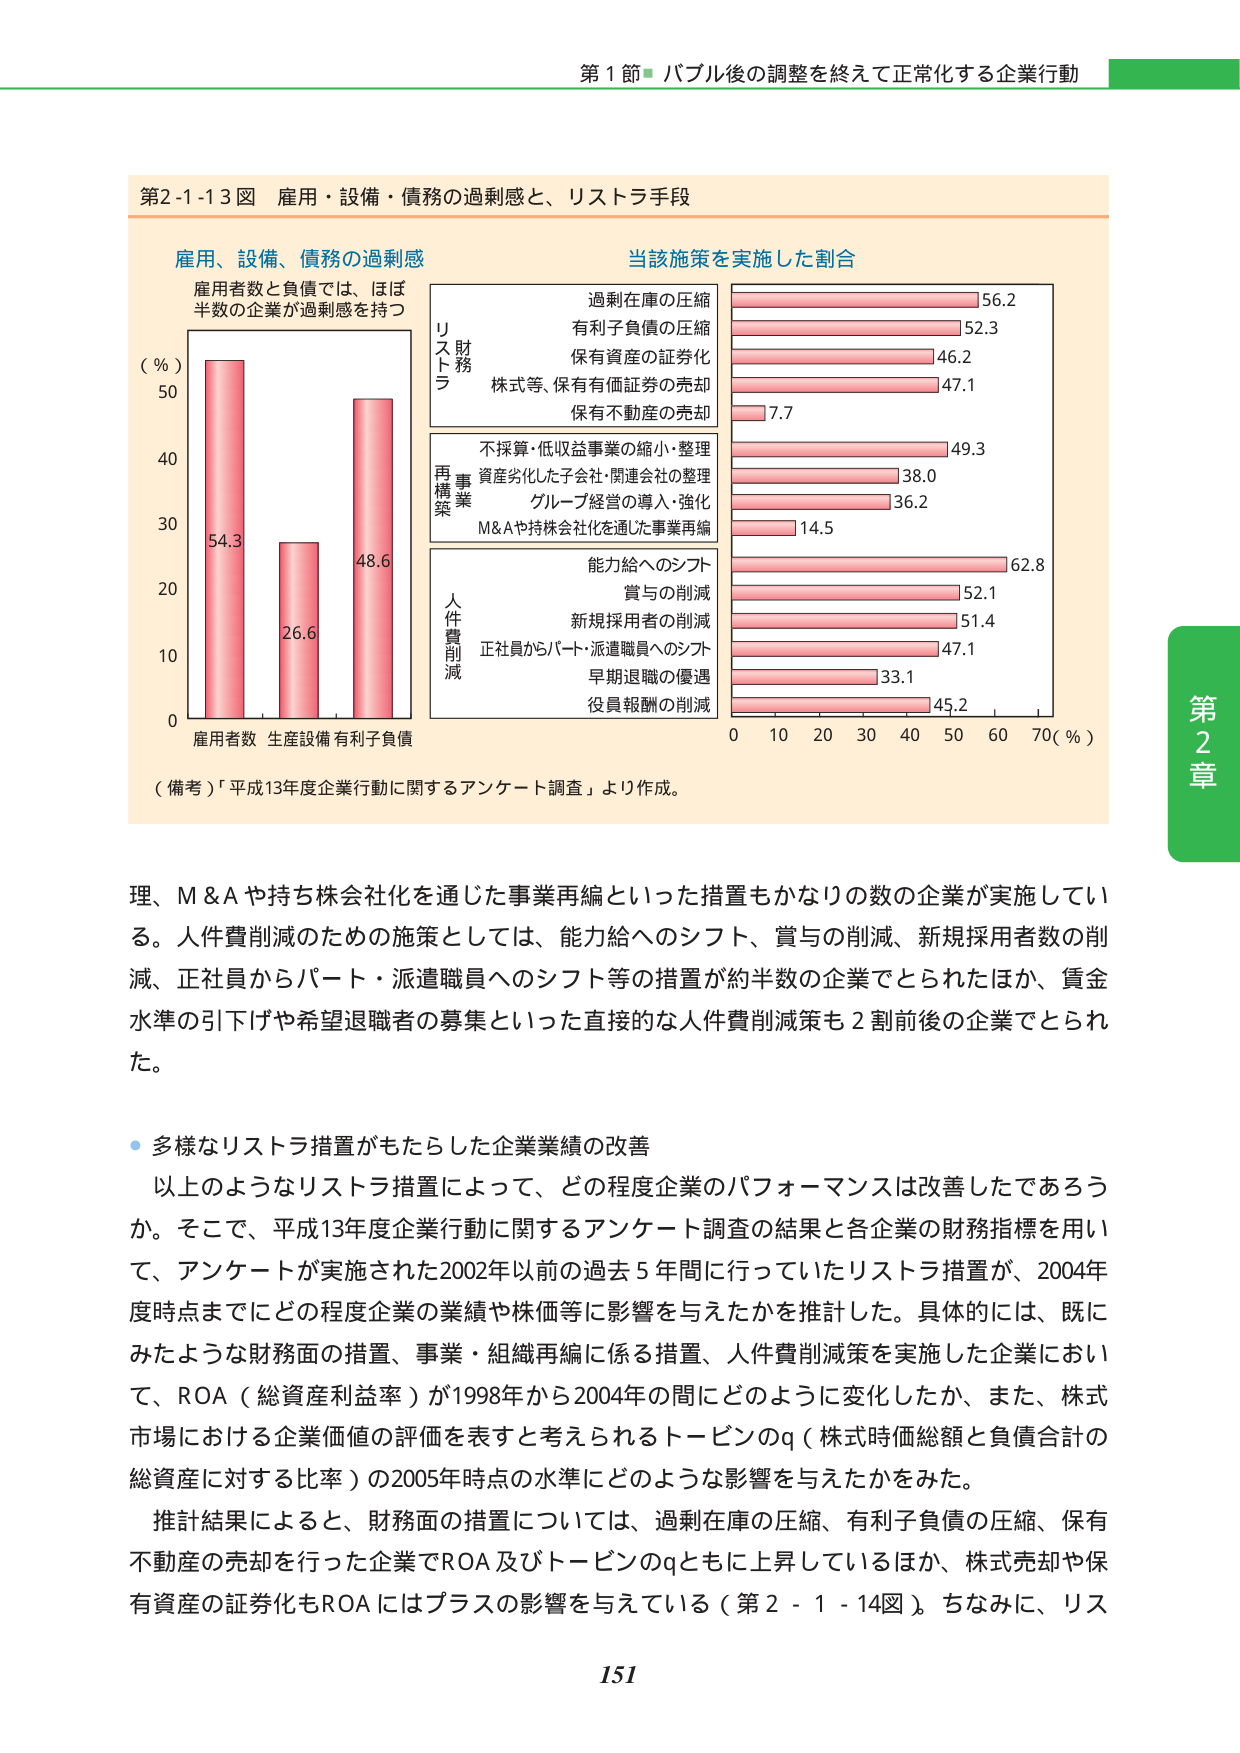
第1節 バブル後の調整を終えて正常化する企業行動

第2-1-13図 雇用・設備・債務の過剰感と、リストラ手段

雇用、設備、債務の過剰感
雇用者数と負債では、ほぼ
半数の企業が過剰感を持つ

（％）
50
40
30
20
10
0
雇用者数 生産設備 有利子負債
54.3
26.6
48.6

当該施策を実施した割合

リス
トラ
財務
過剰在庫の圧縮 56.2
有利子負債の圧縮 52.3
保有資産の証券化 46.2
株式等、保有有価証券の売却 47.1
保有不動産の売却 7.7

再構
築
事業
不採算・低収益事業の縮小・整理 49.3
資産劣化した子会社・関連会社の整理 38.0
グループ経営の導入・強化 36.2
M&Aや持ち株会社化を通じた事業再編 14.5

人件
費削
減
能力給へのシフト 62.8
賞与の削減 52.1
新規採用者の削減 51.4
正社員からパート・派遣職員へのシフト 47.1
早期退職の優遇 33.1
役員報酬の削減 45.2

0 10 20 30 40 50 60 70（％）

（備考）「平成13年度企業行動に関するアンケート調査」より作成。

理、M&Aや持ち株会社化を通じた事業再編といった措置もかなりの数の企業が実施している。人件費削減のための施策としては、能力給へのシフト、賞与の削減、新規採用者数の削減、正社員からパート・派遣職員へのシフト等の措置が約半数の企業でとられたほか、賃金水準の引下げや希望退職者の募集といった直接的な人件費削減策も2割前後の企業でとられた。

・多様なリストラ措置がもたらした企業業績の改善
以上のようなリストラ措置によって、どの程度企業のパフォーマンスは改善したであろうか。そこで、平成13年度企業行動に関するアンケート調査の結果と各企業の財務指標を用いて、アンケートが実施された2002年以前の過去5年間に行っていたリストラ措置が、2004年度時点までにどの程度企業の業績や株価等に影響を与えたかを推計した。具体的には、既にみたような財務面の措置、事業・組織再編に係る措置、人件費削減策を実施した企業において、ROA（総資産利益率）が1998年から2004年の間にどのように変化したか、また、株式市場における企業価値の評価を表すと考えられるトービンのq（株式時価総額と負債合計の総資産に対する比率）の2005年時点の水準にどのような影響を与えたかをみた。
推計結果によると、財務面の措置については、過剰在庫の圧縮、有利子負債の圧縮、保有不動産の売却を行った企業でROA及びトービンのqともに上昇しているほか、株式売却や保有資産の証券化もROAにはプラスの影響を与えている（第2-1-14図）。ちなみに、リス

151

第2章